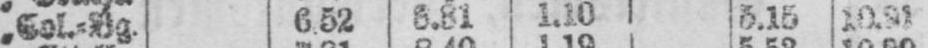
6.31 1.10 5.15 10.21